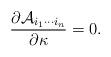
LaTeX: \begin{align*}{\partial {\cal A}_{i_1\cdots i_n}\over \partial \kappa}=0.\end{align*}